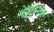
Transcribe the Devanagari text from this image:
मेड्रास्सक्क